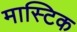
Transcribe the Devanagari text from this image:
मास्टिक